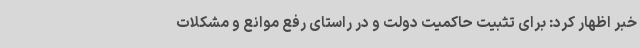
خبر اظهار کرد: برای تثبیت حاکمیت دولت و در راستای رفع موانع و مشکلات